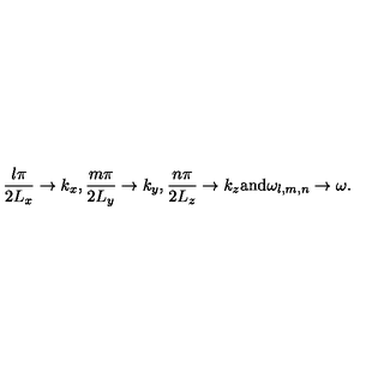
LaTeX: \frac { l \pi } { 2 L _ { x } } \to k _ { x } , \frac { m \pi } { 2 L _ { y } } \to k _ { y } , \frac { n \pi } { 2 L _ { z } } \to k _ { z } \mathrm { a n d } \omega _ { l , m , n } \to \omega .